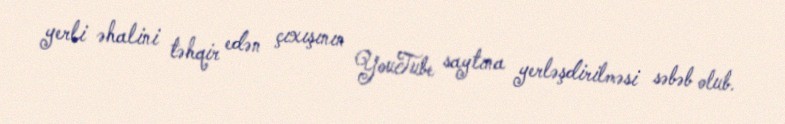
yerli əhalini təhqir edən çıxışının YouTube saytına yerləşdirilməsi səbəb olub.